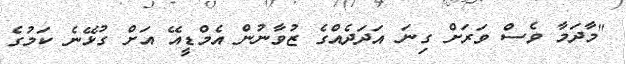
"މާދަމާ ވެސް ވަރަށް ގިނަ އަދަދެއްގެ ޒުވާނުން އެމްޑީއޭ އަށް ގުޅޭނެ ކަމުގެ